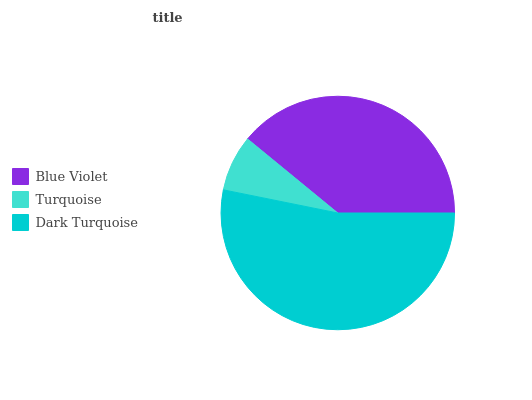
| Blue Violet | Turquoise | Dark Turquoise |
 | --- | --- | --- |
 | 39% | 7.77% | 53.2% |